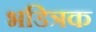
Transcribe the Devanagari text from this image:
भडित्रक